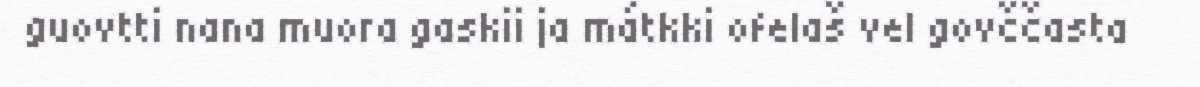
guovtti nana muora gaskii ja mátkki ofelaš vel govččasta